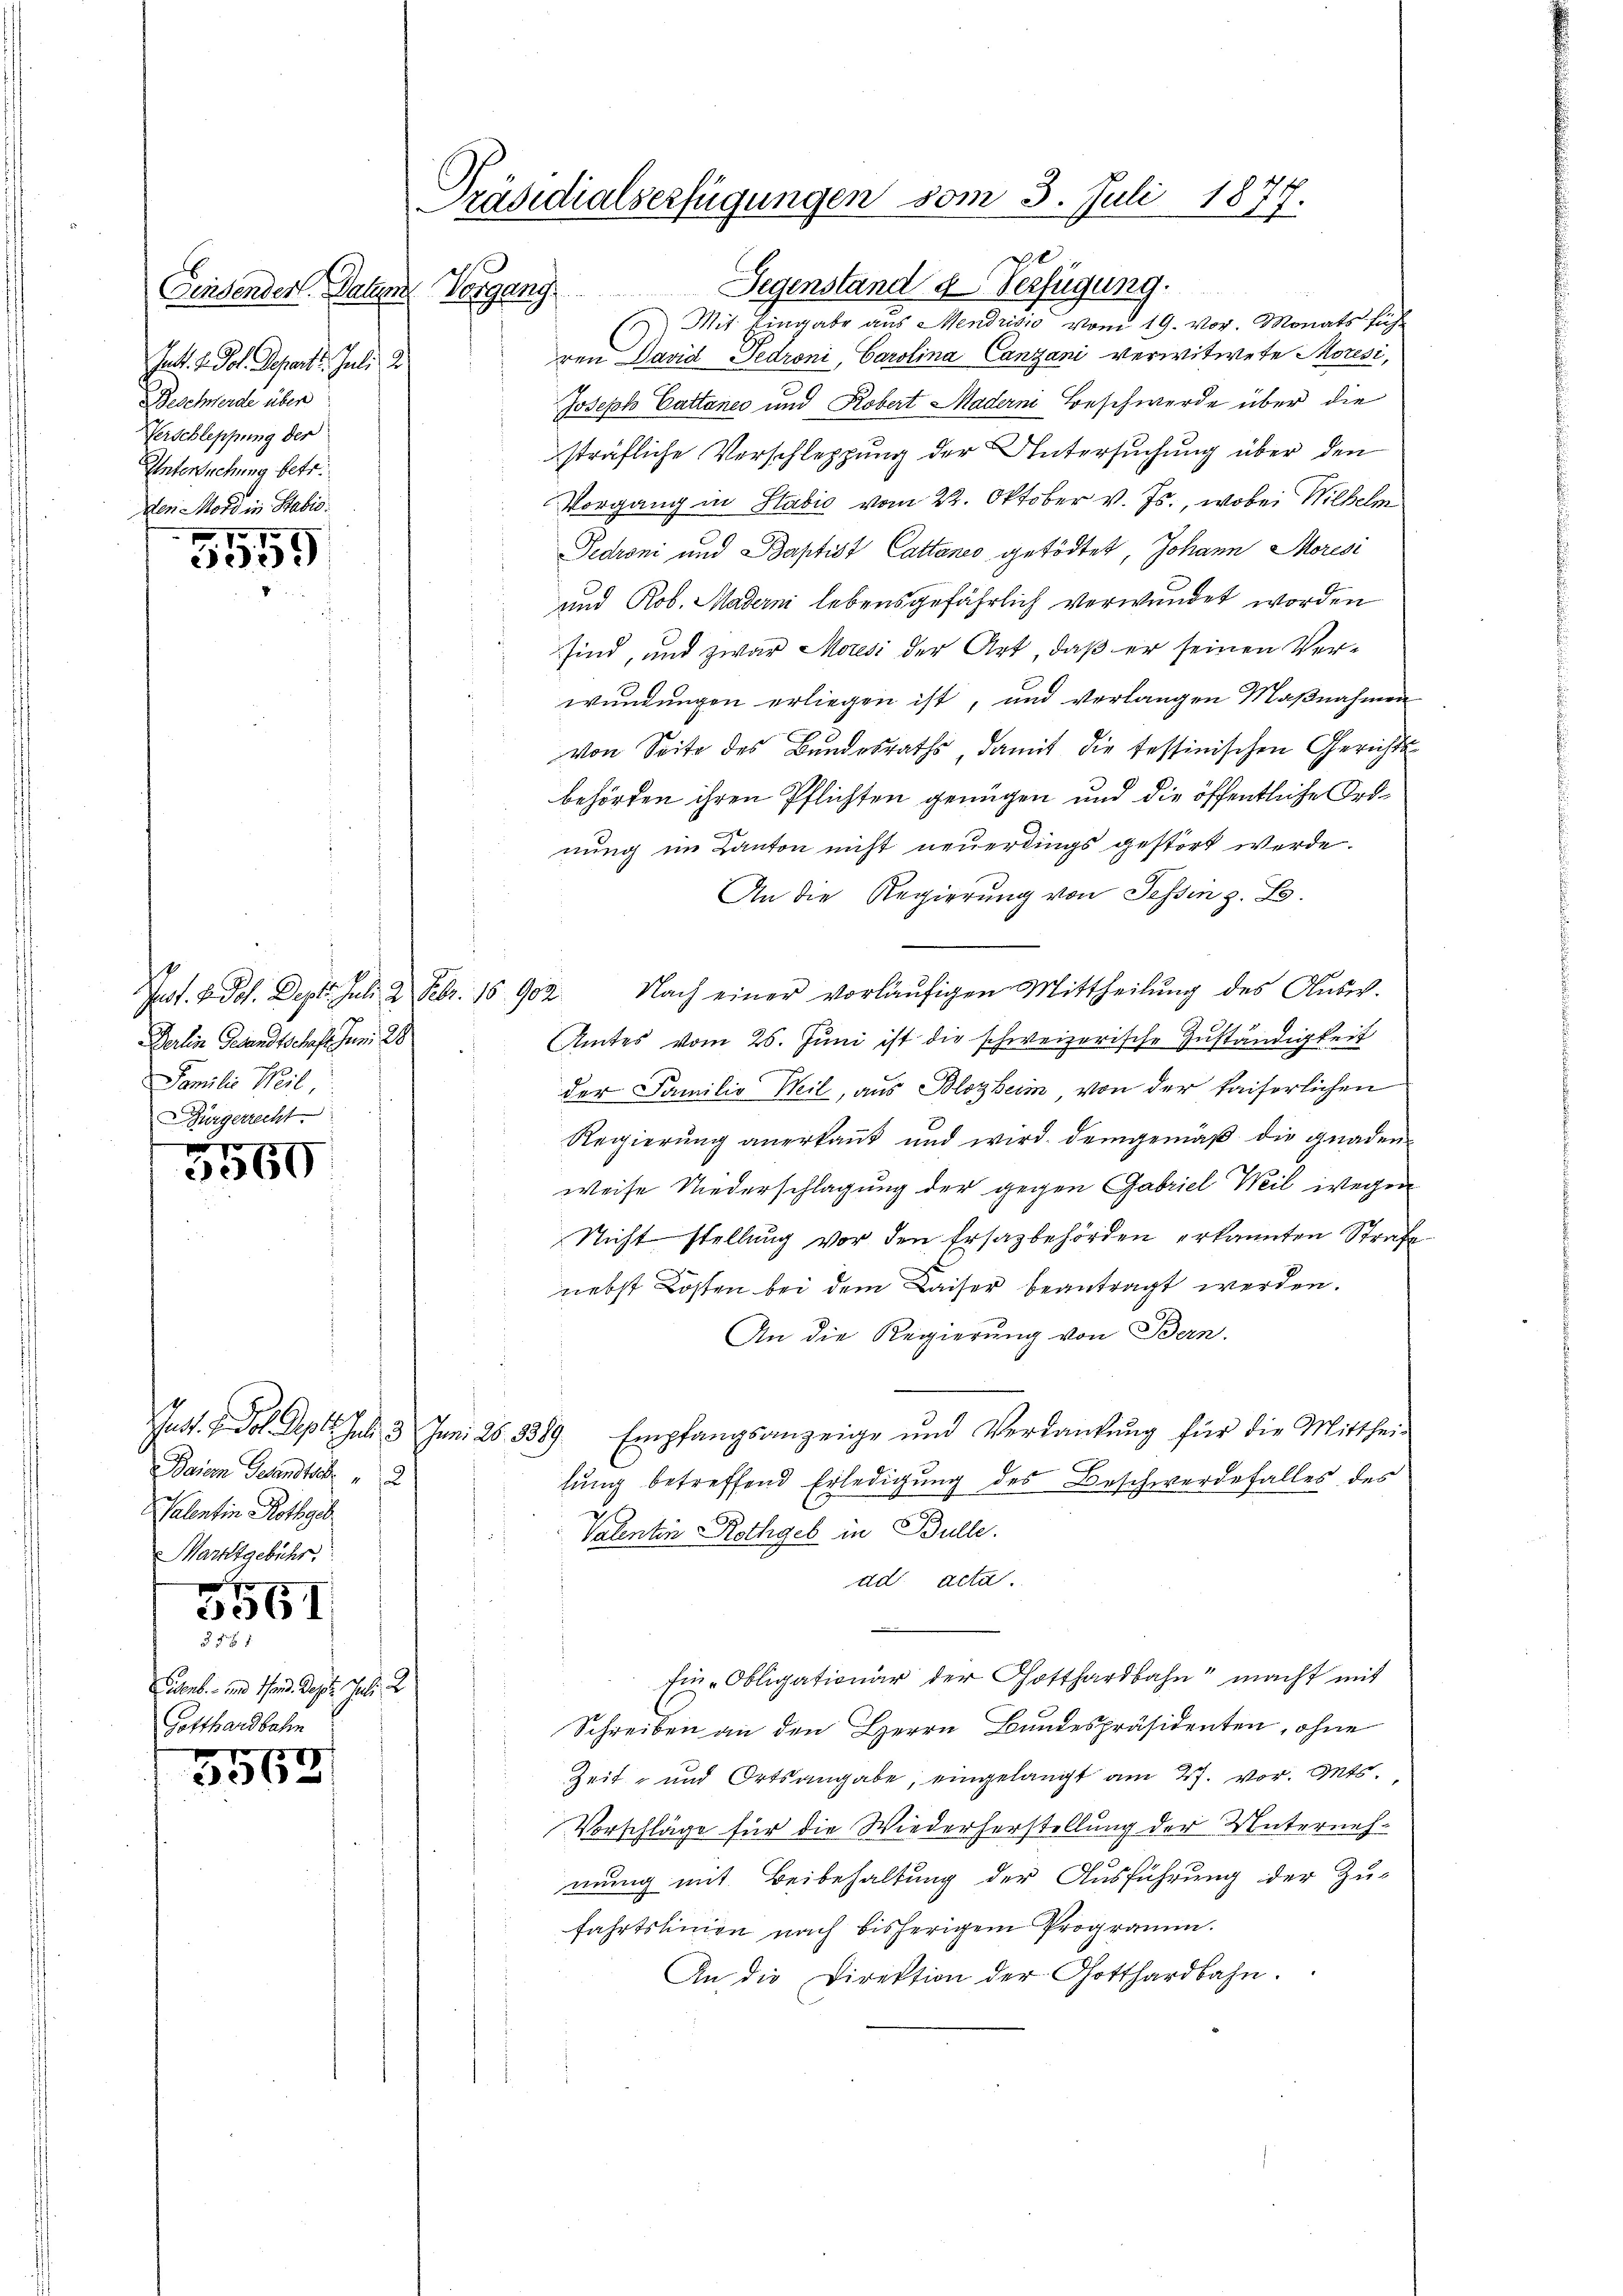
Pact. v. Pol. Depart. Juli d
Beschwerde über
Verschleppung der
Untersuchung betr.
den Mord in Stabil
770

333)

Derlin Gesandtschaft Juni 28
Familie Weil,
Bürgerrecht

5550

Baiern Gesandtsch 2
Valentin Rothgeb
Marktgebühr.

5961
§ 5 f 1

Custorb. und 1sten. Sept. Juli 2
Gotthardbahn

.
3362

Präsidialserfügungen vom 3. Juli 1877.

Einsenden. Daher Vorgang Gegenstand u Verfügung.
 Mit Eingabe aus Mendrisis vom 19. vor. Monats führ
ren David Pedroni, Carolina Canzani verwitwete Moresi,
Joseph Cattanes und Kobert Madern Beschwerde über die
sträfliche Verschleppung der Untersuchung über den
Vorgang in Stabić vom 22. Oktober v. Js., wobei Wilhelm
Fedroni und Baptist Cattanes getödtet, Johann Moresi
und Rob. Maderni lebensgefährlich verwundet worden
sind, und zwar Moresi der Art, daß er seinen Verwundungen erliegen ist, und verlangen Maßnahmen
von Seite des Bundesraths, damit die tessinischen Gerichtsbehörden ihren Pflichten genügen und die öffentliche Ordnung im Kanton nicht neuerdings gestört werde.
An die Regierung von Tessin z. B.
Pust. B. Joh. Dept. Juli 2 Febr. 15 902. Nach einer vorläŭfigen Mittheilŭng des Aŭsw.
Amtes vom 26. Juni ist die schweizerische Zuständigkeit
der Familie Weil, aus Blozheim von der kaiserlichen
Regierung anerkannt und wird. Demgemäß die Gnaden
weise Niederschlagung der gegen Gabriel Weil wegen
Nicht stellung vor den Ersazbehörden erkannten Strafe
nebst Kosten bei dem Kaiser beantragt werden.
An die Regierung von Bern.
Just u. Fol. Deptt. Jul. 3 Juni 28. 3389. Empfangsanzeige und Verdankŭng für die Mitthei-
lung betreffend Erledigung des Beschwerdefalles des
Valentin Rothgeb in Bulle.
ad acta.
Ein-Obligationär der Gotthardbahn" macht mit
Schreiben an den Herrn Bundespräsidenten, ohne
Zeit- und Ortsangabe, eingelangt am 27. vor. Mts.
Vorschläge für die Wiederherstellung der Unternehmung mit Beibehaltung der Ausführung der Zu-
fahrtslinien nach bisherigem Programm.
An die Direktion der Gotthardbahn.